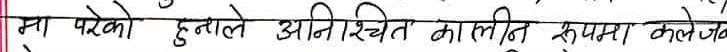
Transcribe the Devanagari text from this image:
मा परेको हुनाले अनिश्चित कालीन रूपमा कलेज